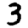
Digit: 3